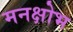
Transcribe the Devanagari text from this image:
मनक्षोभ